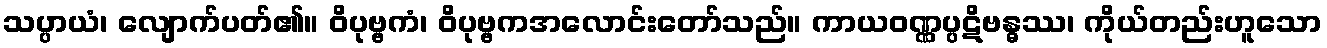
သပ္ပာယံ၊ လျောက်ပတ်၏။ ဝိပုဗ္ဗကံ၊ ဝိပုဗ္ဗကအလောင်းတော်သည်။ ကာယဝဏ္ဏပ္ပဋိဗန္ဓဿ၊ ကိုယ်တည်းဟူသော